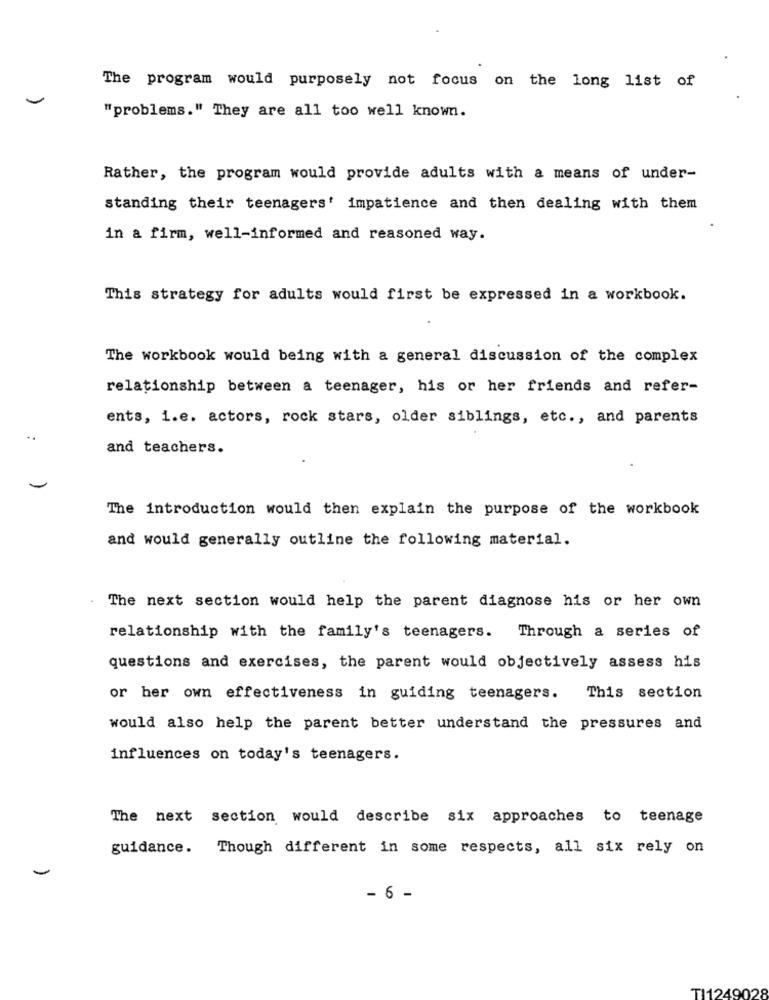
The program would purposely not focus on the long list of
"problems." They are all too well known.
Rather, the program would provide adults with a means of under-
standing their teenagers' impatience and then dealing with them
in a firm, well-informed and reasoned way.
This strategy for adults would first be expressed in a workbook.
The workbook would being with a general discussion of the complex
relationship between a teenager, his or her friends and refer-
ents, i.e. actors, rock stars, older siblings, etc ., and parents
..
and teachers.
The introduction would then explain the purpose of the workbook
and would generally outline the following material.
The next section would help the parent diagnose his or her own
relationship with the family's teenagers. Through a series of
questions and exercises, the parent would objectively assess his
or her own effectiveness in guiding teenagers.
This section
would also help the parent better understand the pressures and
influences on today's teenagers.
The next section would describe six approaches to teenage
guidance. Though different in some respects, all six rely on
-
- 6 -
TI1249028